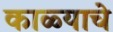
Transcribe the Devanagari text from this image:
काळ्याचे